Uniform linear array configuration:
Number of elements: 8
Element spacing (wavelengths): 0.75
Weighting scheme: hamming
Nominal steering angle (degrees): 0
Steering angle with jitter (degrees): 0.4313
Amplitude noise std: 0.05
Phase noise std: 0.05

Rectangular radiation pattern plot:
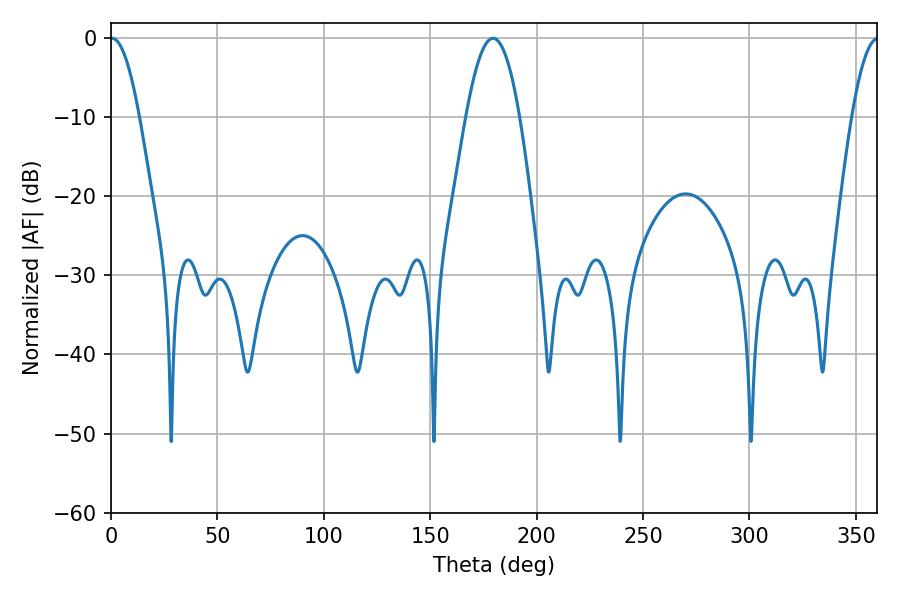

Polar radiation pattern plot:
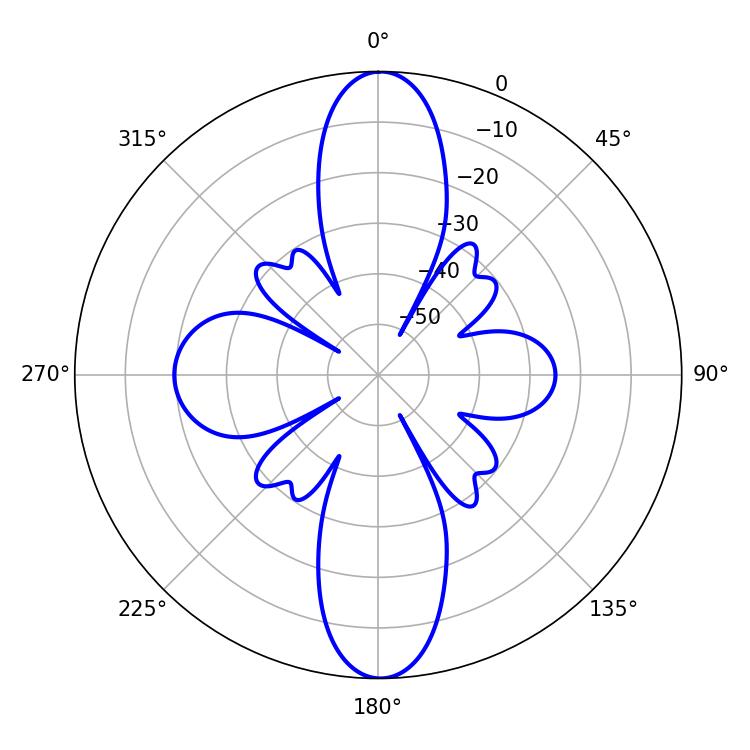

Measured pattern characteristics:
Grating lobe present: TRUE
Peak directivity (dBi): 30.622
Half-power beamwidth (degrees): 7.38
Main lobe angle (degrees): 0.54